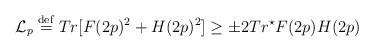
LaTeX: \begin{align*}{\cal L} _{p} \stackrel{\rm def}{=}Tr[F(2p)^2 +H(2p)^2] \geq \pm 2 Tr^{\star} F(2p)H(2p)\end{align*}